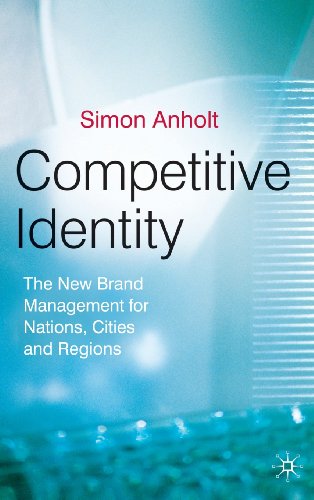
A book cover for Competitive Identity: The New Brand Management for Nations, Cities and Regions; Simon Anholt; Business & Money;